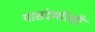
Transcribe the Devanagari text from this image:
यासंदर्भातही